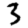
Digit: 3